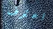
اعترف